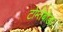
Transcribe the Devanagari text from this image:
टोम्तेबोडा